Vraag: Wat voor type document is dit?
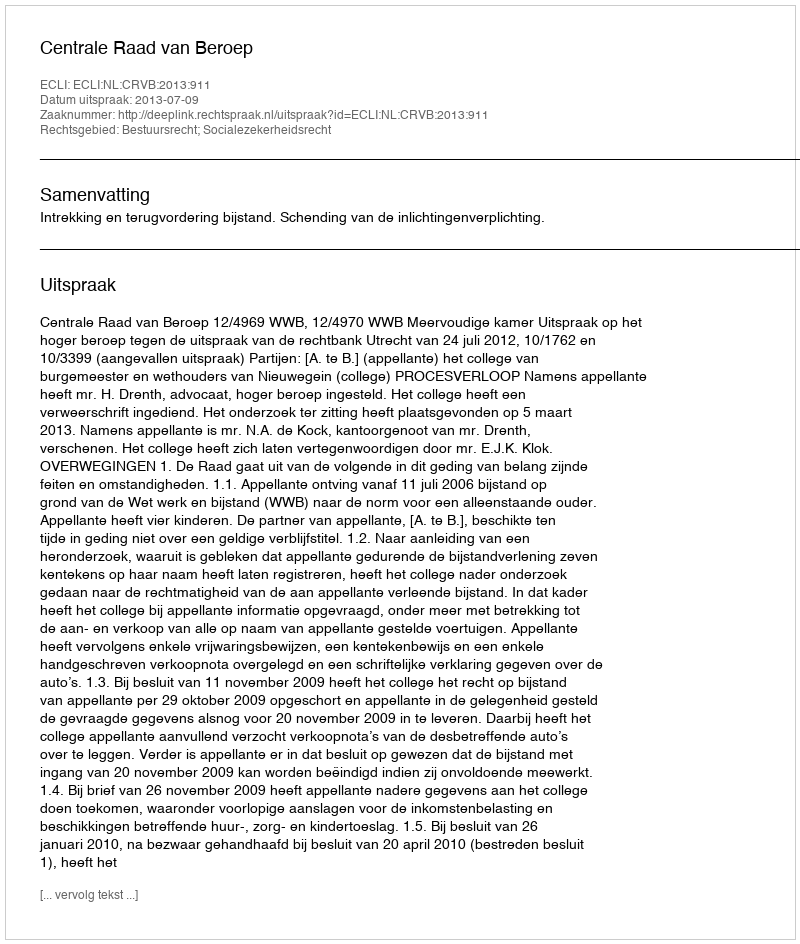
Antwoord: Uitspraak